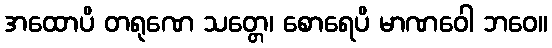
အထောပိ တရုဏေ သတ္တေ၊ စောရေပိ မာဏဝေါ ဘဝေ။